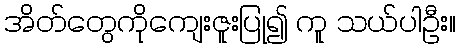
အိတ်တွေကိုကျေးဇူးပြု၍ ကူ သယ်ပါဦး။